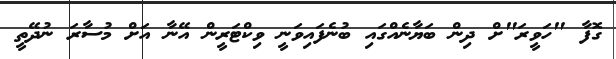
ގޮފާ "ހަވީރަ"ށް ދިން ބަޔާނެއްގައި ބުނެފައިވަނީ ވިކްޓަރީން އޭނާ އަށް މުސާރަ ނުދޭތީ